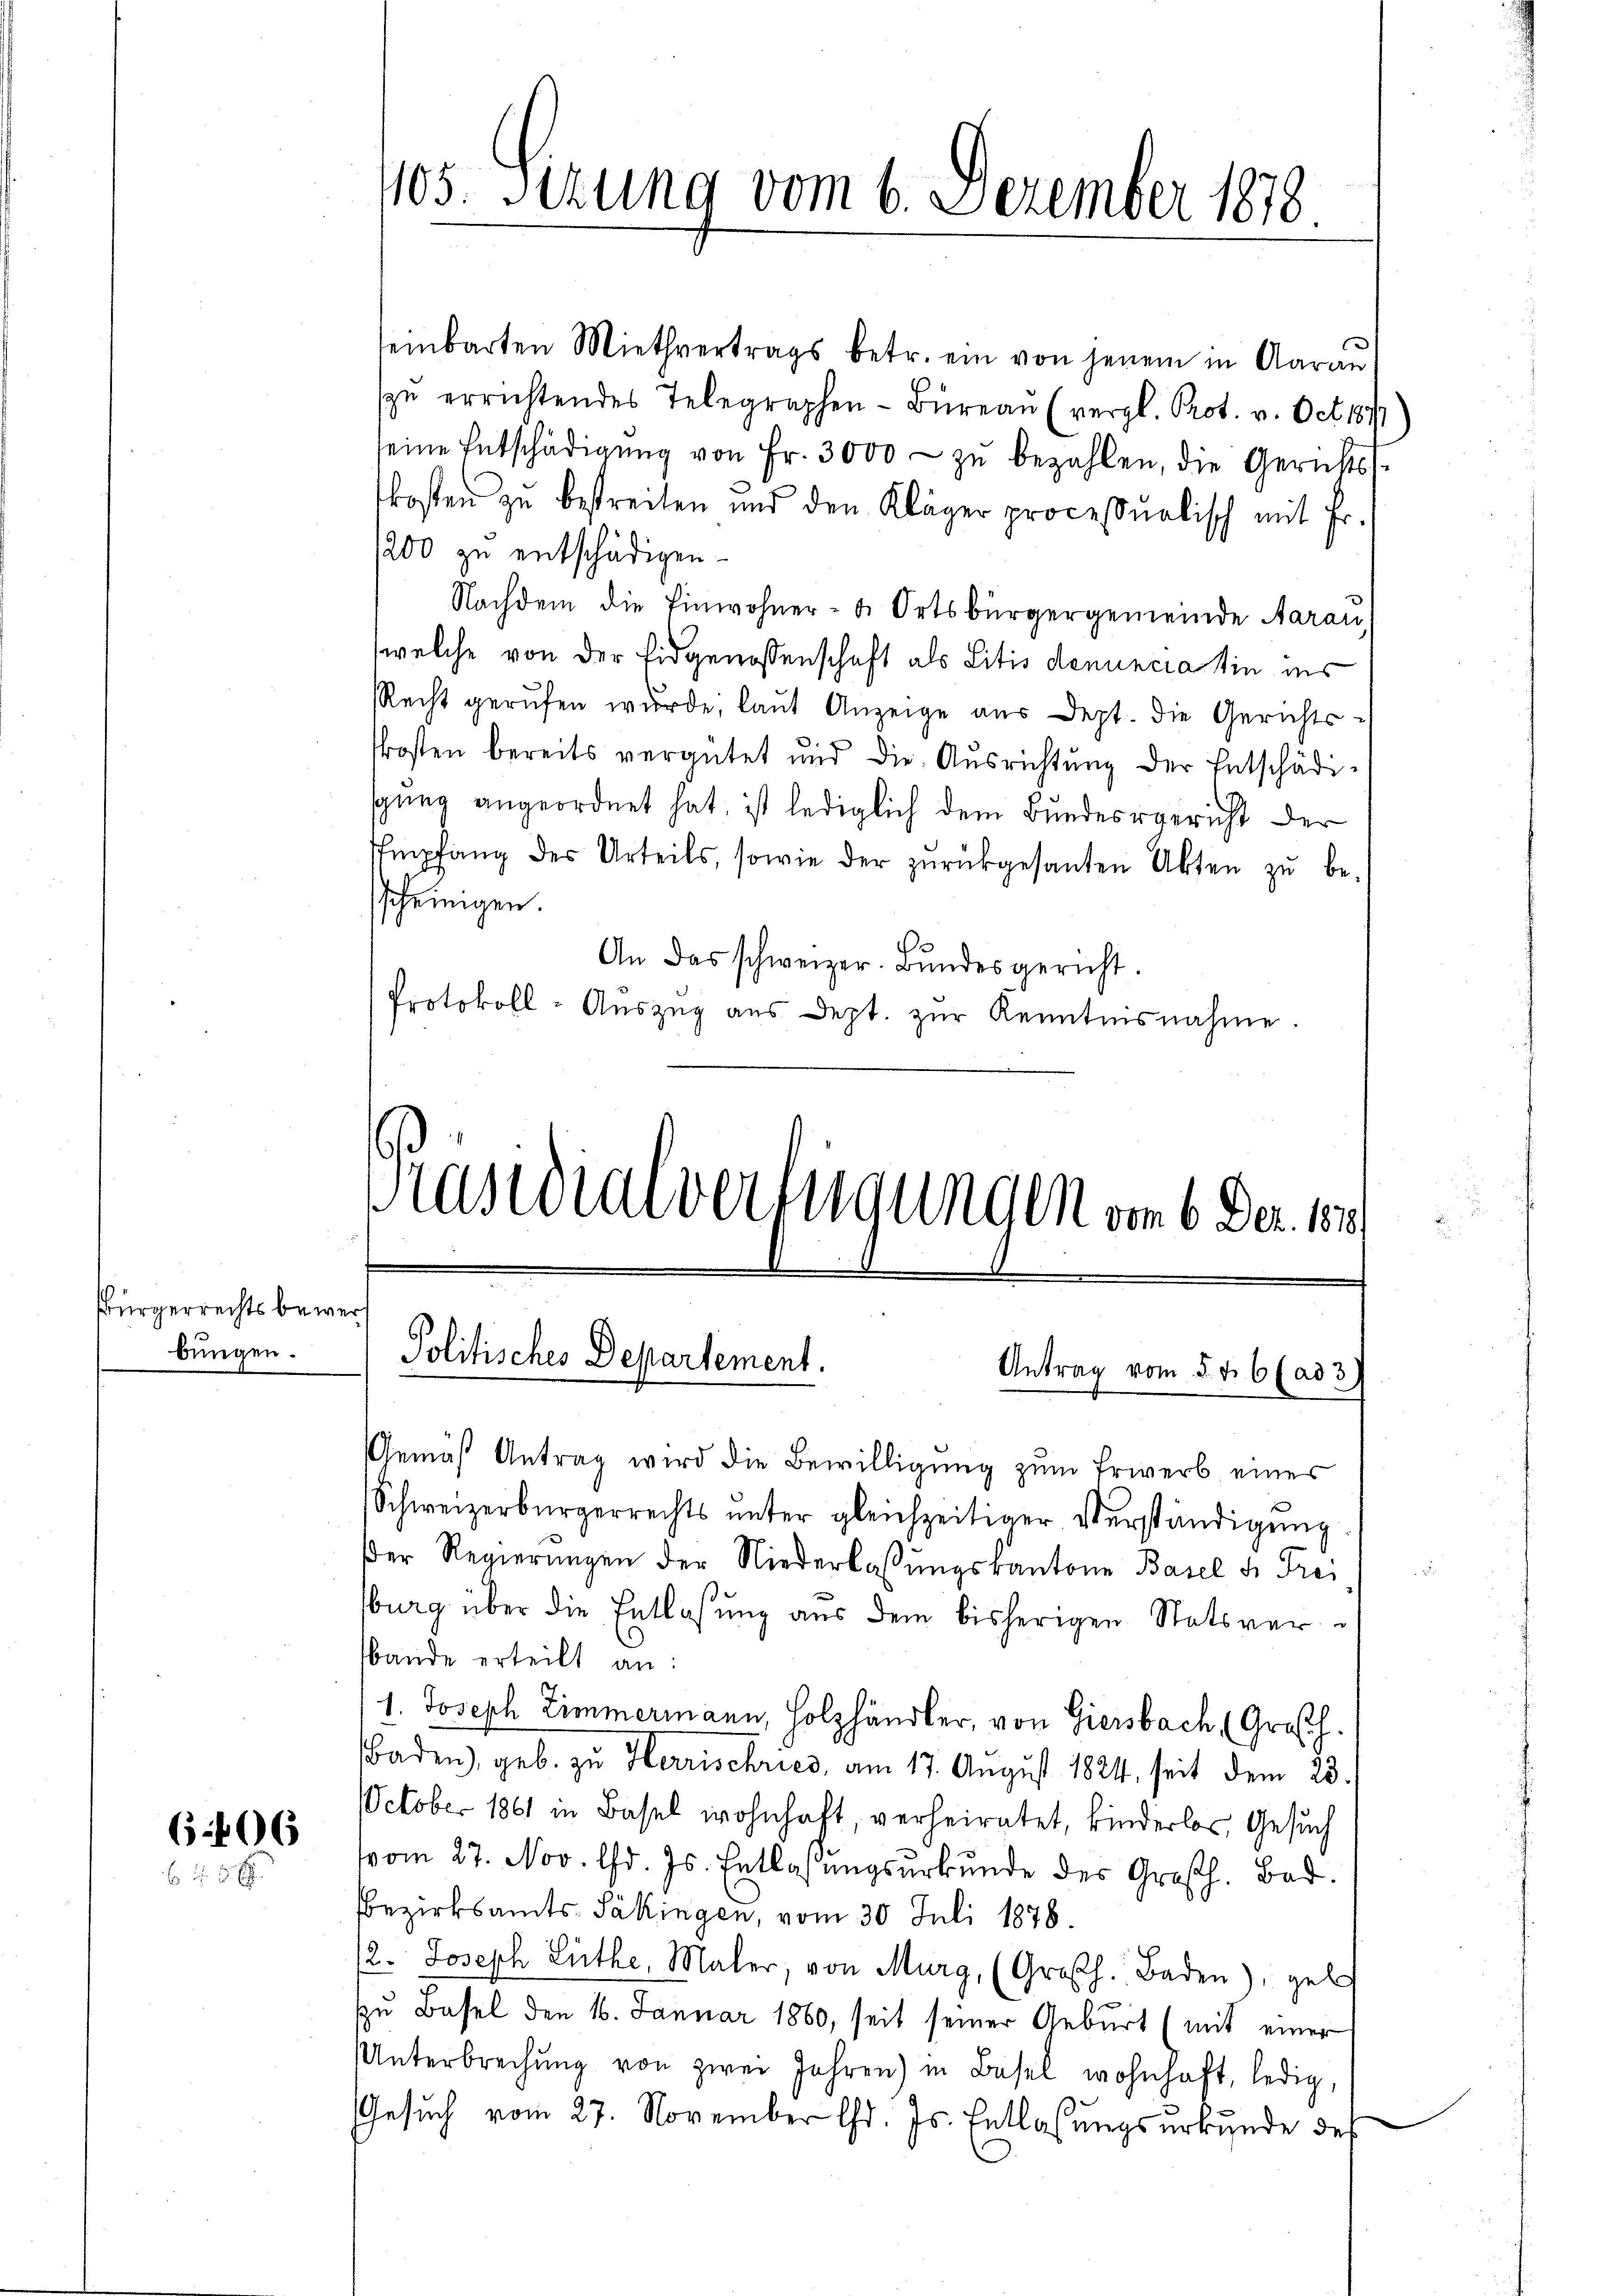
Bürgerrechts bewerf
bungen.

606
6 f 0 x

einbarten Miethvertrags betr. ein von jenem in Aarau
zŭ errichtendes Telegraphen-Büreau (vergl. Prot. v. Oct. 187
seine Entschädigŭng von Fr. 3000 zŭ bezahlen, die Gerichts-
kosten zu bestreiten und den Kläger processualisch mit Fr.
1200 zu entschädigen.
Nachdem die Einwohner- & Ortsbürgergemeinde Aarau,
welche von der Eidgenossenschaft als Litis denuncia sie ins
Recht gerufen wurde, laŭt Anzeige aus Dept. die Gerichts-
.
kosten bereits vergütet und die Aŭsrichtŭng der Entschädisgung angeordnet hat, ist lediglich dem Bundesgericht der
Empfang des Urteils, sowie der zŭrückgesanten Akten zŭ be-
sscheinigen.
An das schweizer. Bŭndesgericht.
Protokoll-Aŭszŭg aŭs dept. zŭr Kenntnisnahme.

105. Sizung vom 6. Dezember 1878.

Kasidialvertigungen vom 6. Der. 187
Politisches Departement.
Antrag vom 5. d. 6 (ad 3

Gemäβ Antrag wird die Bewilligŭng zŭm Erwerb eines
Schweizerbürgerrechts ŭnter gleichzeitiger Verständigŭng
der Regierŭngen der Niederlassŭngskantone Basel u. Frei
sburg über die Entlaßung aus dem bisherigen Statsverbande erteilt an:
1. Joseph Zimmermann, Holzhändler, von Giersbach (Großh.
Baden), geb. zu Herrischries, am 17. August 1824, seit dem 23.
October 1861 in Basel wohnhaft, verheiratet, kinderlos, Gesuch
vom 27. Nov. lfd. Js. Entlassŭngsurkunde des Großh. Bad.
Bezirksamts- Säkingen, vom 30. Juli 1878.
12. Joseph Lüthe, Maler, von Murg, (Großh. Baden), gel
u Basel den 16. Januar 1860, seit seiner Geburt (mit einer
Unterbrechŭng von zwei Jahren) in Basel wohnhaft, ledig,
Gesuch vom 27. November d. Js. Entlassungsurkunde des